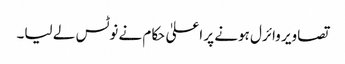
تصاویر وائرل ہونے پر اعلیٰ حکام نے نوٹس لے لیا۔